画像に写った文字を読んでください
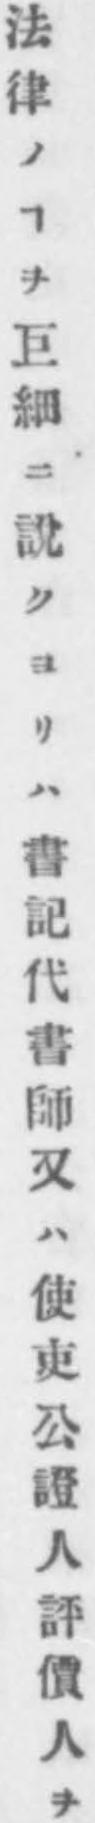
「法律ノヿヲ巨細ニ說クヨリハ書記代書師又ハ使吏公證人評價人ヲ」と書いてあります